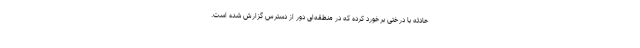
حادثه با درختی برخورد کرده که در منطقه‌ای دور از دسترس گزارش شده است.